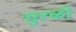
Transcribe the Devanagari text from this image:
मुरळी